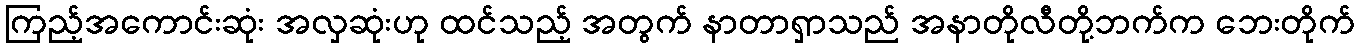
ကြည့်အကောင်းဆုံး အလှဆုံးဟု ထင်သည့် အတွက် နာတာရှာသည် အနာတိုလီတို့ဘက်က ဘေးတိုက်